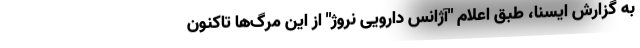
به گزارش ایسنا، طبق اعلام "آژانس دارویی نروژ" از این مرگ‌ها تاکنون